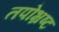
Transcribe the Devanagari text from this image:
तपोभ्रष्ट